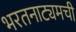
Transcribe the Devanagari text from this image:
भरतनाट्यमची